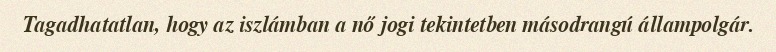
Tagadhatatlan, hogy az iszlámban a nő jogi tekintetben másodrangú állampolgár.